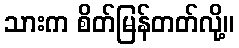
သားက စိတ်မြန်တတ်လို့။